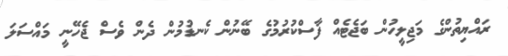
ރައްޔިތުންގެ މަޖިލީހުން ބަޖެޓެއް ފާސްކުރުމުގެ ބޭނުން ކެނޑުމުން ދެން ވެސް ޖެހޭނީ މައްސަލަ